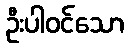
ဦးပါဝင်သော